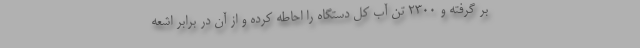
بر گرفته و ۲۳۰۰ تن آب کل دستگاه را احاطه کرده و از آن در برابر اشعه